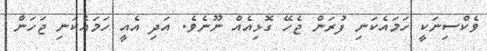
ވެކްސިނަކީ ހަމައެކަނި ފުރަން ޖެހޭ ގޮޅިއެއް ނޫނެވެ. އަދި އެއީ ހަމައެކަނި ޖަހަން